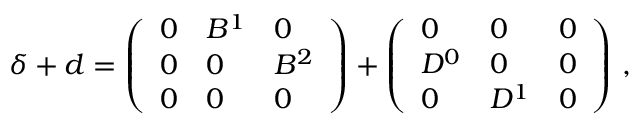
\begin{array} { r } { \boldsymbol { \delta } + \boldsymbol { d } = \left( \begin{array} { l l l } { 0 } & { B ^ { 1 } } & { 0 } \\ { 0 } & { 0 } & { B ^ { 2 } } \\ { 0 } & { 0 } & { 0 } \end{array} \right) + \left( \begin{array} { l l l } { 0 } & { 0 } & { 0 } \\ { D ^ { 0 } } & { 0 } & { 0 } \\ { 0 } & { D ^ { 1 } } & { 0 } \end{array} \right) \, , } \end{array}